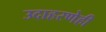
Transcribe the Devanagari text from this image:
उदाहरणेही